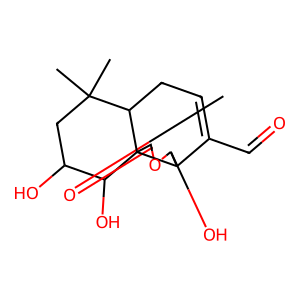
SMILES: CC1(C)CC(O)C(O)C23C(=O)OC(O)C2C(C=O)=CCC13
Inhibits HIV replication: No